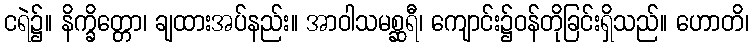
ငရဲ၌။ နိက္ခိတ္တော၊ ချထားအပ်နည်း။ အာဝါသမစ္ဆရီ၊ ကျောင်း၌ဝန်တိုခြင်းရှိသည်။ ဟောတိ၊